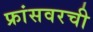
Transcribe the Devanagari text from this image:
फ्रांसवरची